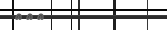
١٢٠